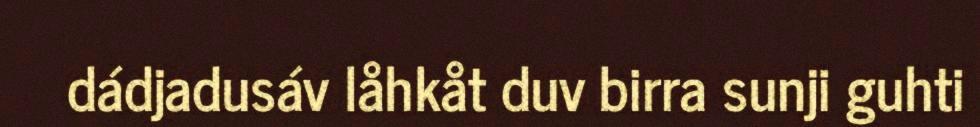
dádjadusáv låhkåt duv birra sunji guhti